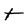
Character: T